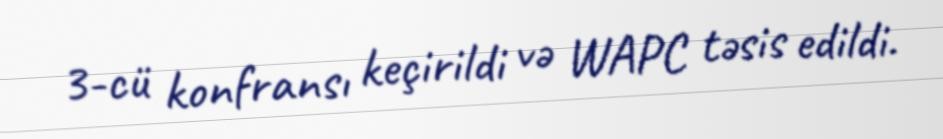
3-cü konfransı keçirildi və WAPC təsis edildi.